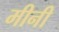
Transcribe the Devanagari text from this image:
मीनी